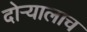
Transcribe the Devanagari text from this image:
दोऱ्यालाच